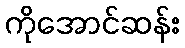
ကိုအောင်ဆန်း